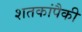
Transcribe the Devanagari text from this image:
शतकांपैकी